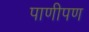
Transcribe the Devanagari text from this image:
पाणीपण